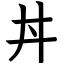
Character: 丼